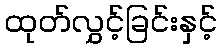
ထုတ်လွှင့်ခြင်းနှင့်